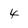
Character: 4